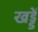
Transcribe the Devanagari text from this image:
खड्डें